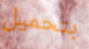
بتحميل